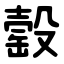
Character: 䍍